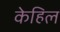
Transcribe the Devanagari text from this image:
केहिल